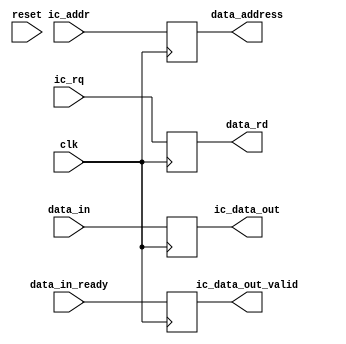
module toy_icache(input clk,
                  input             reset,

                  input [31:0]      ic_addr,
                  input             ic_rq,
                  output reg        ic_data_out_valid,
                  output reg [31:0] ic_data_out,

                  // memory bus interface
                  input [31:0]      data_in, // bus data in
                  input             data_in_ready, // bus data ready
                  output reg        data_rd, // request data read 
                  output reg [31:0] data_address // output data address
                  );
   always @(posedge clk)
     begin
        data_address <= ic_addr;
        data_rd <= ic_rq;
        ic_data_out <= data_in;
        ic_data_out_valid <= data_in_ready;
     end

endmodule